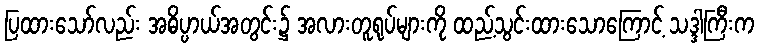
ပြထားသော်လည်း အဓိပ္ပာယ်အတွင်း၌ အလားတူရုပ်များကို ထည့်သွင်းထားသောကြောင့် သဒ္ဒါကြီးက